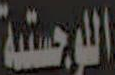
اللوجستية